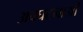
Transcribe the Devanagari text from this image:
अवघटनाओं